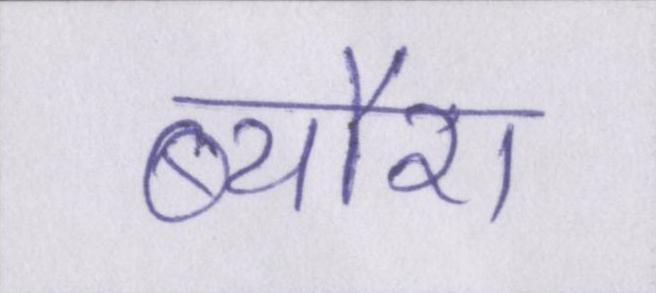
ब्यौरा